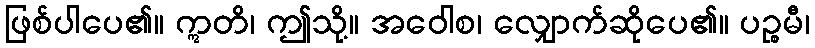
ဖြစ်ပါပေ၏။ ဣတိ၊ ဤသို့။ အဝေါစ၊ လျှောက်ဆိုပေ၏။ ပဉ္စမီ၊